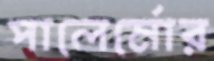
পালের্মোর